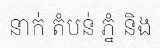
នាក់ តំបន់ ភ្នំ និង